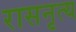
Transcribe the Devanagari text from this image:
रासनृत्य